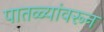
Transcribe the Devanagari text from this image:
पातळ्यांवरून